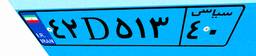
۱۹D۹۴۴۹۰